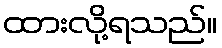
ထားလို့ရသည်။